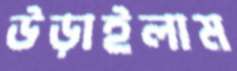
উড়াইলাম